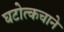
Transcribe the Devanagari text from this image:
घटोत्कचाने